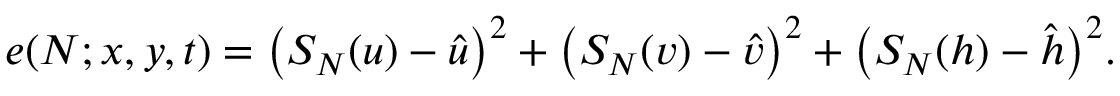
e ( N ; x , y , t ) = \left( S _ { N } ( u ) - \hat { u } \right) ^ { 2 } + \left( S _ { N } ( v ) - \hat { v } \right) ^ { 2 } + \bigl ( S _ { N } ( h ) - \hat { h } \bigr ) ^ { 2 } .